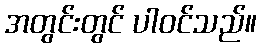
အတွင်းတွင် ပါဝင်သည်။